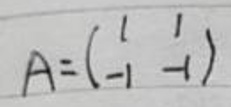
\[
A = \begin{pmatrix}
1 & 1 \\
-1 & -1
\end{pmatrix}
\]